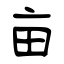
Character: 亩